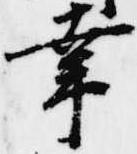
幸